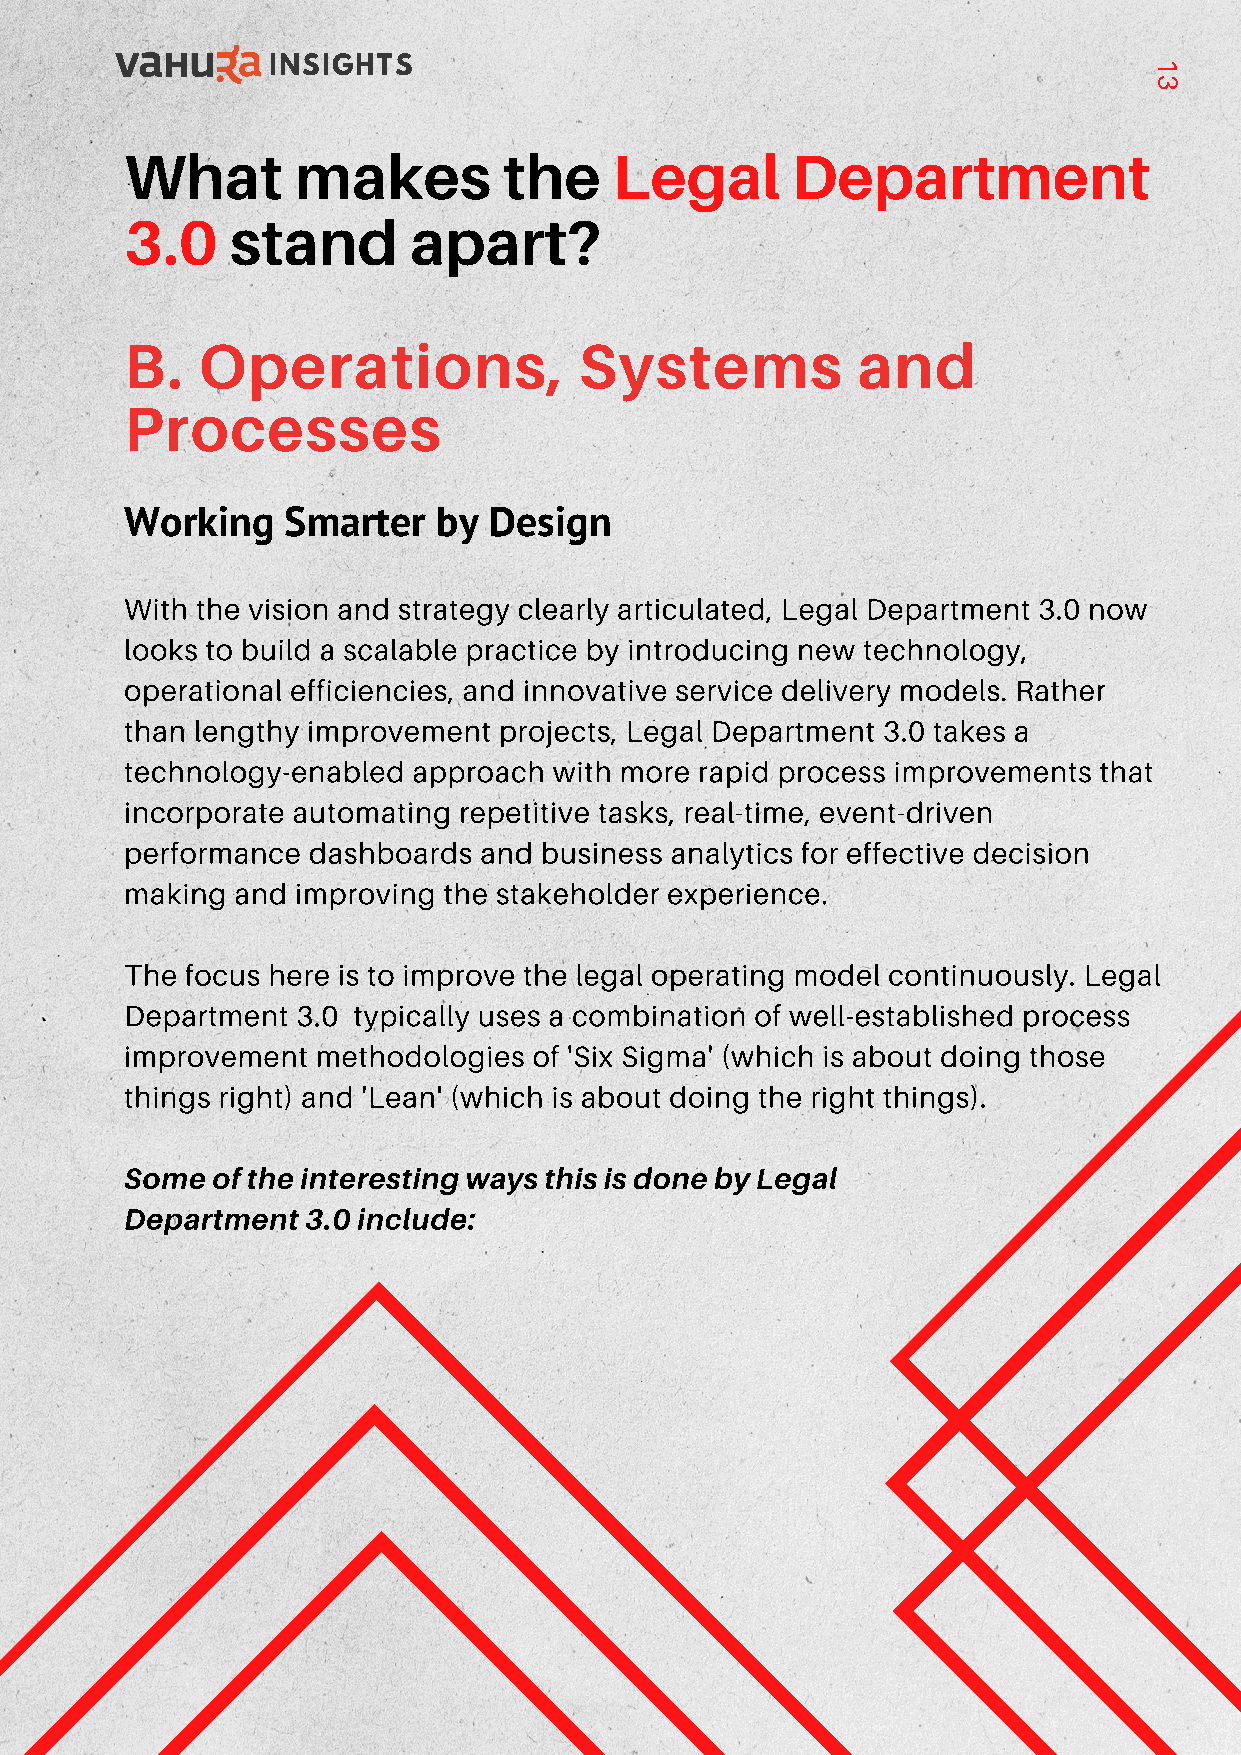
INSIGHTS                                                   1
 3
 What        makes        the     Legal      Department
 3.0    stand       apart?
 B.   Operations,              Systems            and
 Processes
 Working    Smarter   by Design
 With the vision and strategy clearly articulated, Legal Department 3.0 now
 looks to build a scalable practice by introducing new technology,
 operational efficiencies, and innovative service delivery models. Rather
 than lengthy improvement projects, Legal Department 3.0 takes a
 technology-enabled approach  with more rapid process improvements that
 incorporate automating repetitive tasks, real-time, event-driven
 performance dashboards  and business analytics for effective decision
 making  and improving the stakeholder experience.
 The focus here is to improve the legal operating model continuously. Legal
 Department  3.0 typically uses a combination of well-established process
 improvement  methodologies of 'Six Sigma' (which is about doing those
 things right) and 'Lean' (which is about doing the right things).
 Some  of the interesting ways this is done by Legal
 Department  3.0 include: